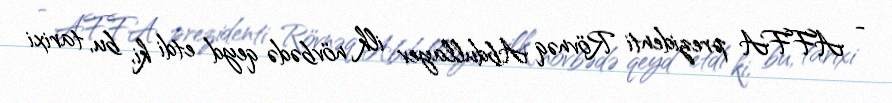
- AFFA prezidenti Rövnəq Abdullayev ilk növbədə qeyd etdi ki, bu, tarixi